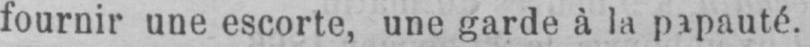
fournir une escorte, une garde à la papauté.